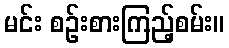
မင်း စဉ်းစားကြည့်စမ်း။